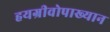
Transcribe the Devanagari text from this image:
हयग्रीवोपाख्यान